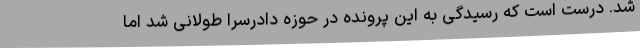
شد. درست است که رسیدگی به این پرونده در حوزه دادرسرا طولانی شد اما